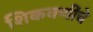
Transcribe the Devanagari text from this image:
शिकवणींचे